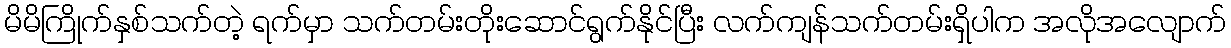
မိမိကြိုက်နှစ်သက်တဲ့ ရက်မှာ သက်တမ်းတိုးဆောင်ရွက်နိုင်ပြီး လက်ကျန်သက်တမ်းရှိပါက အလိုအလျောက်